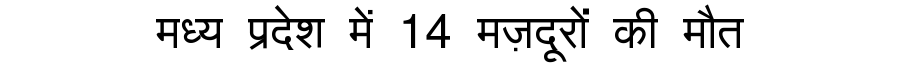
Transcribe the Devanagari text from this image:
मध्य प्रदेश में 14 मज़दूरों की मौत